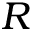
R